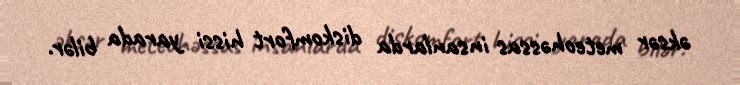
əksər meteohəssas insanlarda diskomfort hissi yarada bilər.